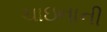
ચાઇનાની